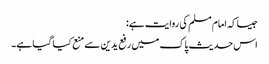
جیساکہ امام مسلم کی روایت ہے:
اس حدیث پاک میں رفع یدین سے منع کیا گیا ہے۔